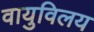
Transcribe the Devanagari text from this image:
वायुविलय